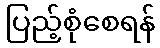
ပြည့်စုံစေရန်